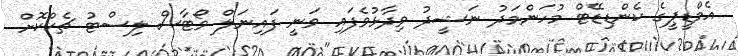
އެމްޑީޕީގެ ކެންޑިޑޭޓް މުހަންމަދު ނަޝީދު ވިދާޅުވެފައި ވަނީ ފައިނަލް ވޯޓާސް ލިސްޓު ޗެކްކޮށް